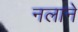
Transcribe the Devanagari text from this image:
नलाने